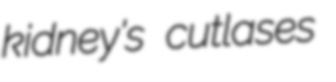
kidney's cutlases